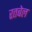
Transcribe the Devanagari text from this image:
रतबेल